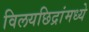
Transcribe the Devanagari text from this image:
विलयछिद्रांमध्ये